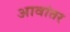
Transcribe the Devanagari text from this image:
आवांतर